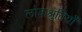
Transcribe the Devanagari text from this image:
लोकश्रुतियाँ